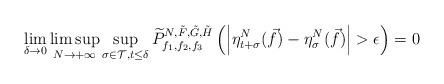
LaTeX: \begin{align*}\lim_{\delta\rightarrow 0}\limsup_{N\rightarrow+\infty}\sup_{\sigma\in\mathcal{T}, t\leq \delta}\widetilde{P}_{f_1, f_2, f_3}^{N, \tilde{F}, \tilde{G}, \tilde{H}}\left(\left|\eta^N_{t+\sigma}(\vec{f})-\eta^N_{\sigma}(\vec{f})\right|>\epsilon\right)=0\end{align*}